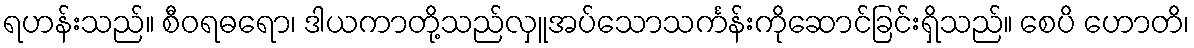
ရဟန်းသည်။ စီဝရဓရော၊ ဒါယကာတို့သည်လှူအပ်သောသင်္ကန်းကိုဆောင်ခြင်းရှိသည်။ စေပိ ဟောတိ၊